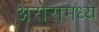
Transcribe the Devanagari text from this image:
अरोरामध्ये